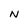
Character: N